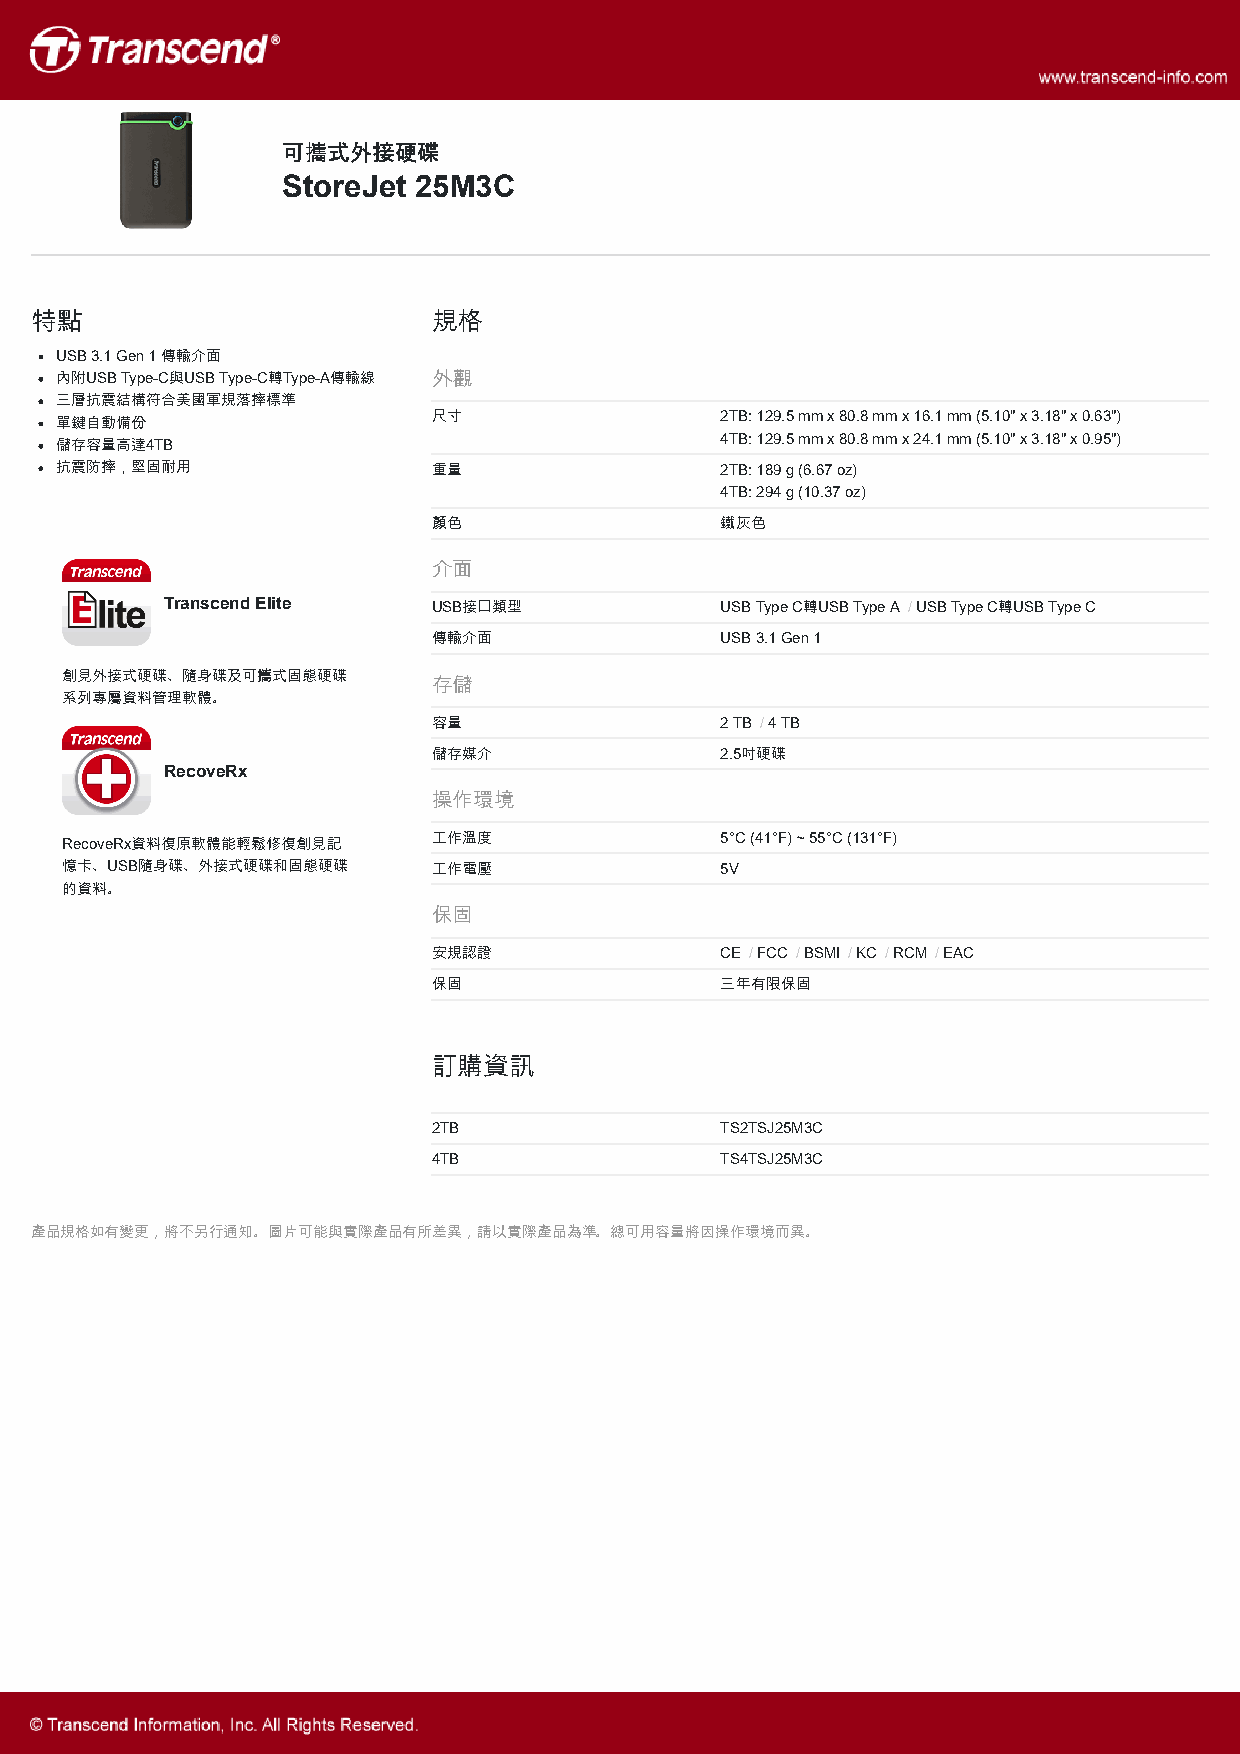
可式外接硬碟
 StoreJet 25M3C
 特點                         規格
 USB 3.1 Gen 1 傳輸介面
 內附USB Type-C與USB Type-C轉Type-A傳輸線 外觀
 三層抗震結構符合美國軍規落摔標準
 單鍵自動備份                   尺寸                 2TB: 129.5 mm x 80.8 mm x 16.1 mm (5.10" x 3.18" x 0.63")
 儲存容量高達4TB                                   4TB: 129.5 mm x 80.8 mm x 24.1 mm (5.10" x 3.18" x 0.95")
 抗震防摔，堅固耐用                重量                 2TB: 189 g (6.67 oz)
 4TB: 294 g (10.37 oz)
 色                 鐵灰色
 介面
 Transcend Elite   USB接口類型            USB Type C轉USB Type A /USB Type C轉USB Type C
 傳輸介面               USB 3.1 Gen 1
 創見外接式硬碟、隨身碟及可式固態硬碟
 存儲
 系列專屬資料管理軟體。
 容量                 2 TB /4 TB
 儲存媒介               2.5吋硬碟
 RecoveRx
 操作環境
 RecoveRx資料復原軟體能輕鬆修復創見記   工作溫度               5°C (41°F) ~ 55°C (131°F)
 憶卡、USB隨身碟、外接式硬碟和固態硬碟     工作電壓               5V
 的資料。
 保固
 安規認證               CE /FCC /BSMI /KC /RCM /EAC
 保固                 三年有限保固
 訂購資訊
 2TB                TS2TSJ25M3C
 4TB                TS4TSJ25M3C
 產品規格如有變更，將不另行通知。圖片可能與實際產品有所差異，請以實際產品為準。總可用容量將因操作環境而異。